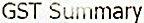
GST SUMMARY